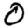
Digit: 0